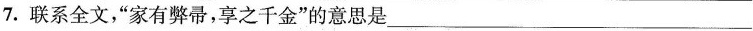
7.联系全文，”家有弊帚，享之千金”的意思是___